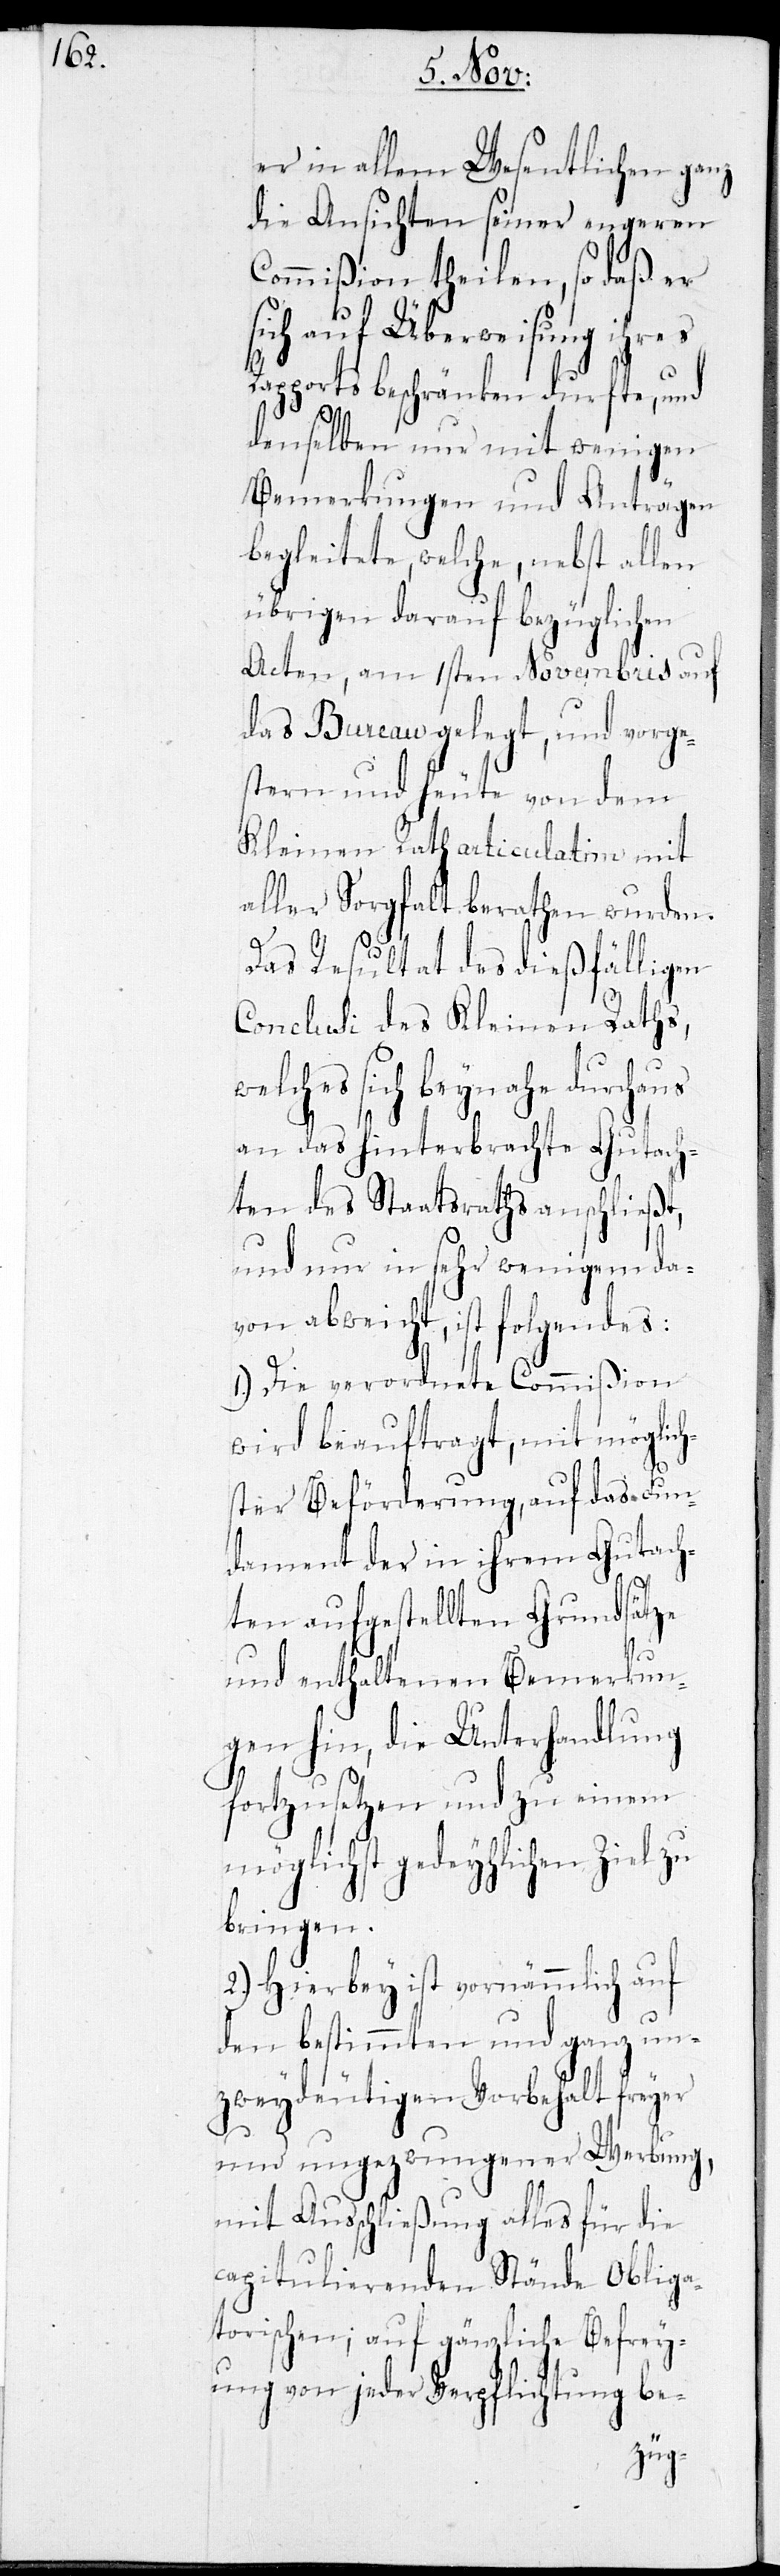
er in allem Wesentlichen ganz
die Ansichten seiner engeren
Commißion theilen, so daß er
sich auf Überweisung ihres
Rapports beschränken durfte, und
denselben nur mit
igen
Bemerkungen und Anträgen
begleitete, welche, nebst allen
übrigen darauf bezüglichen
Acten, am 1sten Novembris auf
das Bureau gelegt, und vorge¬
stern und heute von dem
Kleinen Rath articulatim mit
aller Sorgfalt berathen wurden.
Das Resultat des dießfälligen
Conclusi des Kleinen Raths,
welches sich beynahe durchaus
an das hinterbrachte Gutach¬
ten des Staatsraths anschließt,
und nun in sehr wenigen da¬
von abweicht, ist folgendes:
1.) Die verordnete Commißion
wird beauftragt, mit möglich¬
ster Beförderung, auf das Fun¬
dament der in ihrem Gutach¬
ten aufgestellten Grundsätze
und enthaltenen Bemerkun¬
gen hin, die Unterhandlung
fortzusetzen und zu einem
möglichst gedeylichen Ziel zu
bringen.
2.) Hierbey ist vornämmlich auf
den bestimmten und ganz un¬
zweydeutigen Vorbehalt freyer
und ungezwungener Werbung,
mit Ausschließung alles für die
capitulierenden Stände Obliga¬
torischen; auf gänzliche Befrey¬
ung von jeder Verpflichtung be-